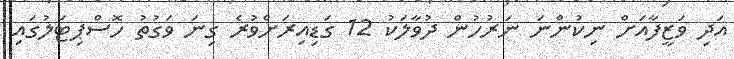
އަދި ވަޒީފާއަށް ނިކުންނަ ނަރުހުން ދުވާލަކު 12 ގަޑިއިރަށްވުރެ ގިނަ ވަގުތު ހޮސްޕިޓަލުގައި